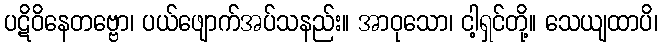
ပဋိဝိနေတဗ္ဗော၊ ပယ်ဖျောက်အပ်သနည်း။ အာဝုသော၊ ငါ့ရှင်တို့။ သေယျထာပိ၊